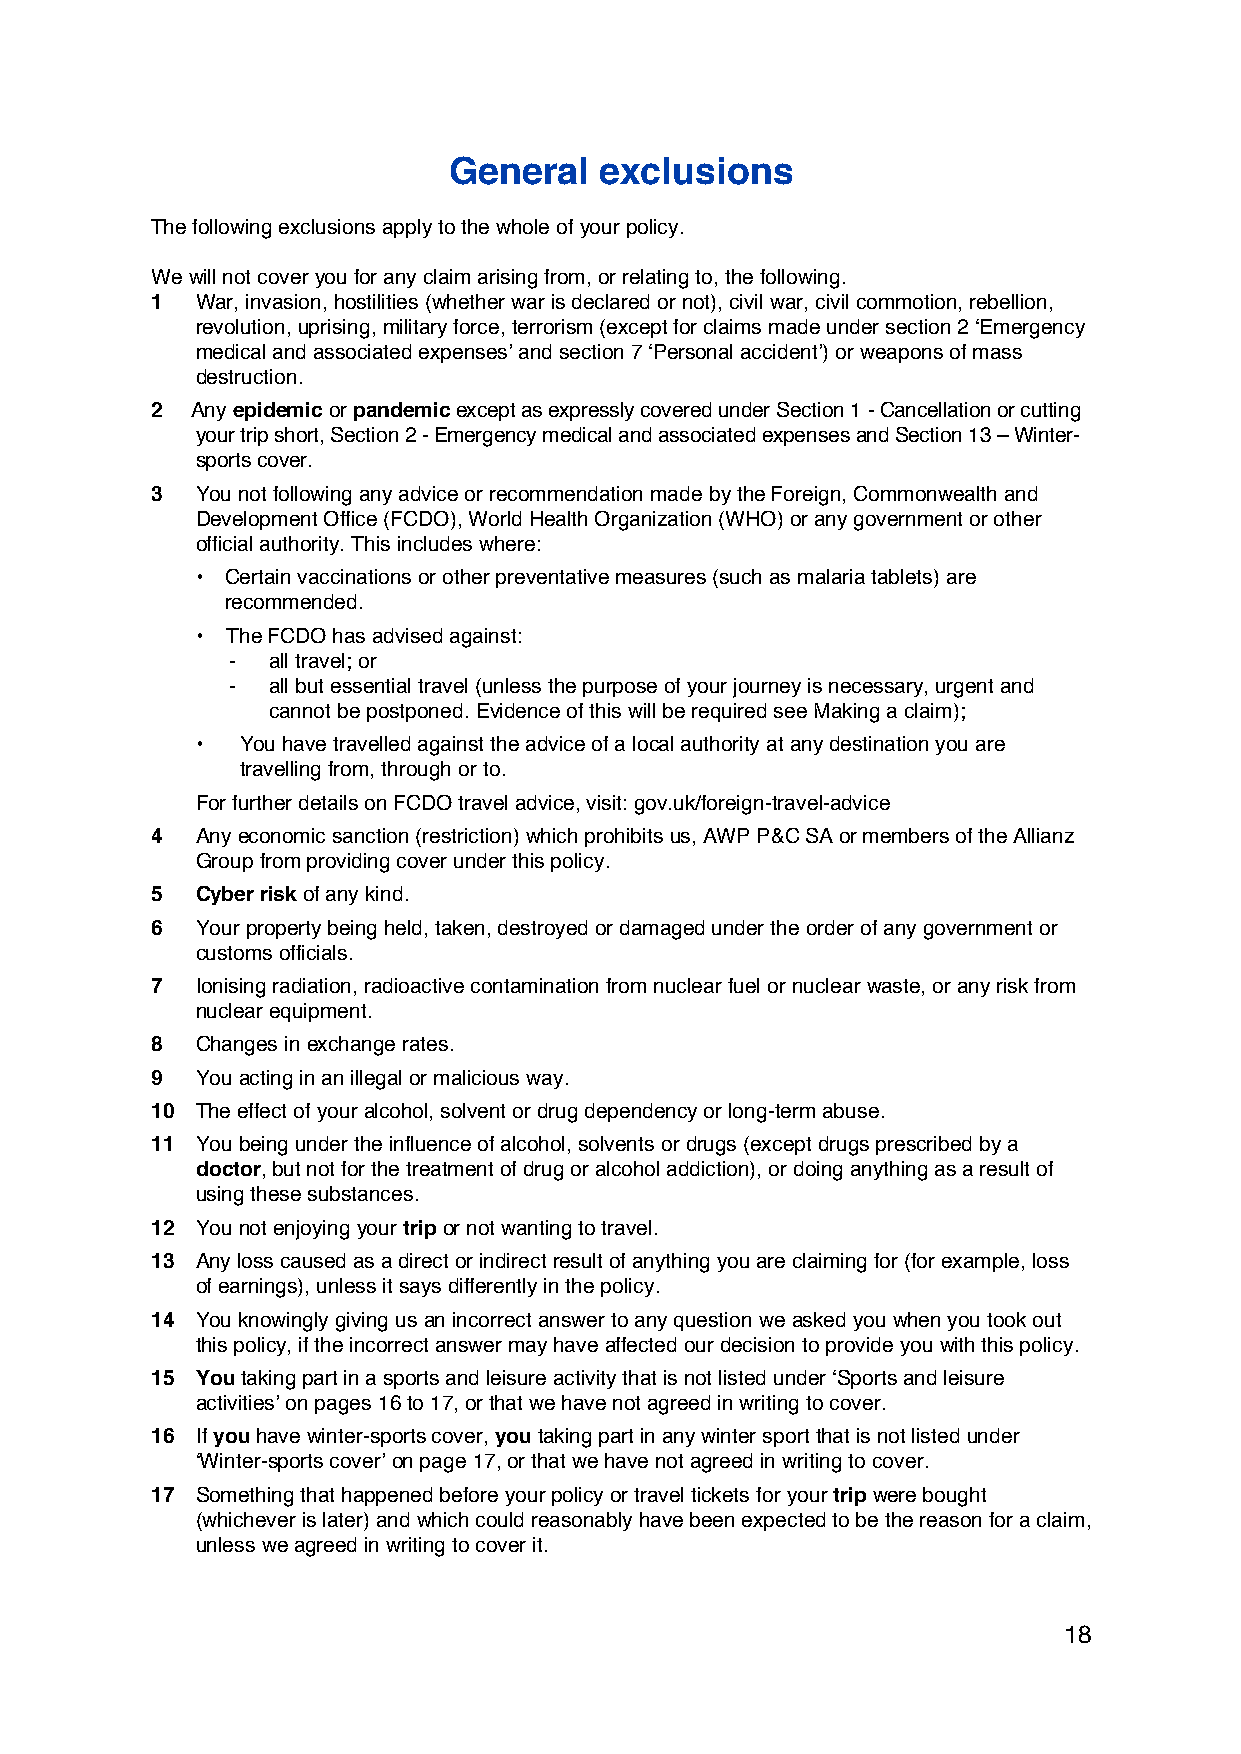
General   exclusions
 The following exclusions apply to the whole of your policy.
 We will not cover you for any claim arising from, or relating to, the following.
 1  War, invasion, hostilities (whether war is declared or not), civil war, civil commotion, rebellion,
 revolution, uprising, military force, terrorism (except for claims made under section 2 ‘Emergency
 medical and associated expenses’ and section 7 ‘Personal accident’) or weapons of mass
 destruction.
 2  Any epidemic or pandemic except as expressly covered under Section 1 - Cancellation or cutting
 your trip short, Section 2 - Emergency medical and associated expenses and Section 13 – Winter-
 sports cover.
 3  You not following any advice or recommendation made by the Foreign, Commonwealth and
 Development Office (FCDO), World Health Organization (WHO) or any government or other
 official authority. This includes where:
 • Certain vaccinations or other preventative measures (such as malaria tablets) are
 recommended.
 • The FCDO has advised against:
 -  all travel; or
 -  all but essential travel (unless the purpose of your journey is necessary, urgent and
 cannot be postponed. Evidence of this will be required see Making a claim);
 •  You have travelled against the advice of a local authority at any destination you are
 travelling from, through or to.
 For further details on FCDO travel advice, visit: gov.uk/foreign-travel-advice
 4  Any economic sanction (restriction) which prohibits us, AWP P&C SA or members of the Allianz
 Group from providing cover under this policy.
 5  Cyber risk of any kind.
 6  Your property being held, taken, destroyed or damaged under the order of any government or
 customs officials.
 7  Ionising radiation, radioactive contamination from nuclear fuel or nuclear waste, or any risk from
 nuclear equipment.
 8  Changes in exchange rates.
 9  You acting in an illegal or malicious way.
 10 The effect of your alcohol, solvent or drug dependency or long-term abuse.
 11 You being under the influence of alcohol, solvents or drugs (except drugs prescribed by a
 doctor, but not for the treatment of drug or alcohol addiction), or doing anything as a result of
 using these substances.
 12 You not enjoying your trip or not wanting to travel.
 13 Any loss caused as a direct or indirect result of anything you are claiming for (for example, loss
 of earnings), unless it says differently in the policy.
 14 You knowingly giving us an incorrect answer to any question we asked you when you took out
 this policy, if the incorrect answer may have affected our decision to provide you with this policy.
 15 You taking part in a sports and leisure activity that is not listed under ‘Sports and leisure
 activities’ on pages 16 to 17, or that we have not agreed in writing to cover.
 16 If you have winter-sports cover, you taking part in any winter sport that is not listed under
 ‘Winter-sports cover’ on page 17, or that we have not agreed in writing to cover.
 17 Something that happened before your policy or travel tickets for your trip were bought
 (whichever is later) and which could reasonably have been expected to be the reason for a claim,
 unless we agreed in writing to cover it.
 18